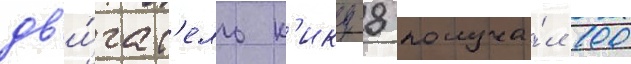
дв'и́гат'ель к'ику-8 получа́л 100